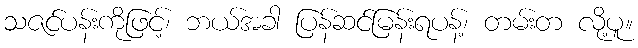
သဇင်ပန်းကိုဖြင့်၊ ဘယ်အခါ ပြန်ဆင်မြန်းရပန့်၊ တမ်းတ လို့ပူ။